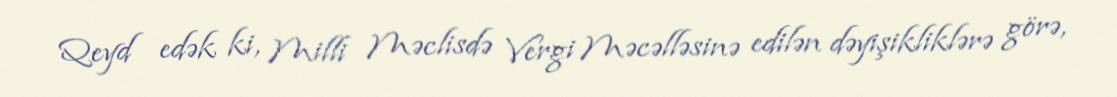
Qeyd edək ki, Milli Məclisdə Vergi Məcəlləsinə edilən dəyişikliklərə görə,